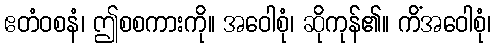
ဧတံဝစနံ၊ ဤစစကားကို။ အဝေါစုံ၊ ဆိုကုန်၏။ ကိံအဝေါစုံ၊